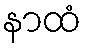
နာထံ